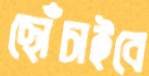
ছোঁচাইবে